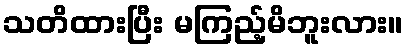
သတိထားပြီး မကြည့်မိဘူးလား။